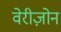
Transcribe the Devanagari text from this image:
वेरीज़ोन